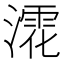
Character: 𣾳